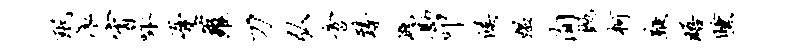
珉滚宵咏忧萝刀弘啻臻溉勘叩候媪洵抛柯鞭晤曛